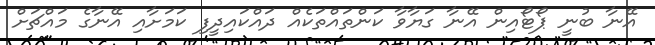
އޭނާ ބުނީ ޕޯޓޯއިން އޭނާ ގަޔާވާ ކަންތައްތަކެއް ދައްކައިދީފި ކަމަށާއި އޭނާގެ މައްޗަށް